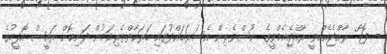
- ފޮޓޯ: ރާއްޖެއެމްވީ ރާއްޖެއެމްވީގެ ނޫސްވެރިން އެސަރަޙައްދުގައި ހަރަކާތްތެރިވަމުން ދަނިކޮށް ރައީސް އޮފީހުގެ